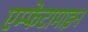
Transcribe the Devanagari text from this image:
एम्फेटामाइन